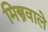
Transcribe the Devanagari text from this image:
मिस्त्रवाले